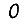
Digit: 0